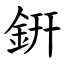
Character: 銒